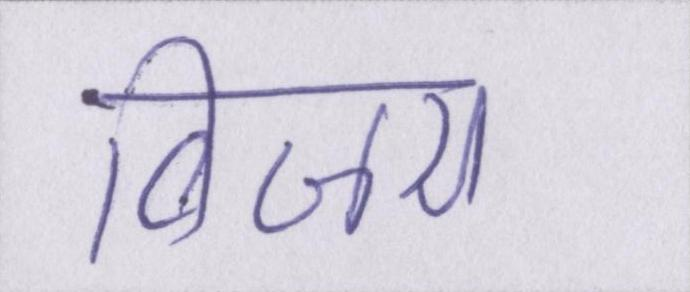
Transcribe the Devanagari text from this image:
विजय